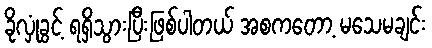
ခိုလှုံခွင့် ရရှိသွားပြီးဖြစ်ပါတယ် အစကတော့ မသေမချင်း